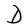
Character: D